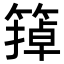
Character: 𬕩